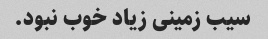
سیب زمینی زیاد خوب نبود.